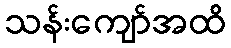
သန်းကျော်အထိ